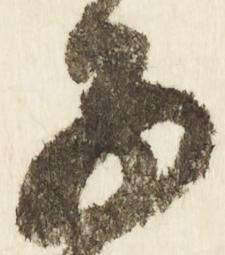
子